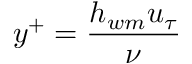
y ^ { + } = \frac { h _ { w m } u _ { \tau } } { \nu }